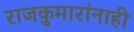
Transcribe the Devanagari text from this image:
राजकुमारांनाही